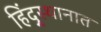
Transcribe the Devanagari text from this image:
हिंदु्स्थानात